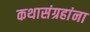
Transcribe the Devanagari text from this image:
कथासंग्रहांना